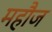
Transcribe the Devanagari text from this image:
महौज